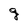
Character: g